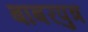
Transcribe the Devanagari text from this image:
बाबरपुत्र